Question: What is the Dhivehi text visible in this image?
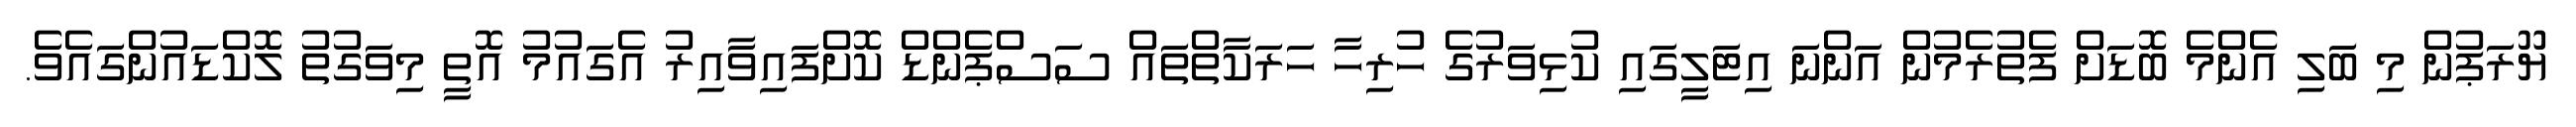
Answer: ޔޫރަޕުން މި ބަލި އެންމެ ބޮޑަށް ފެތުރެމުން އަންނަ އިޓަލީގައި ކުޅިވަރުގެ ހުރިހާ ހަރަކާތްތައް ސަސްޕެންޑް ކޮށްފައިވާއިރު އެގައުމު އޮތީ މިވަގުތު ލޮކްޑައުންގައެވެ.